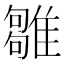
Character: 𩀣